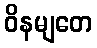
ဝိနမျတေ